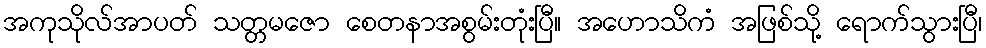
အကုသိုလ်အာပတ် သတ္တမဇော စေတနာအစွမ်းတုံးပြီ။ အဟောသိကံ အဖြစ်သို့ ရောက်သွားပြီ၊